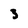
Character: 3